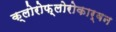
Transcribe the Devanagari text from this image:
क्लोरोफ़्लोरोकार्बन